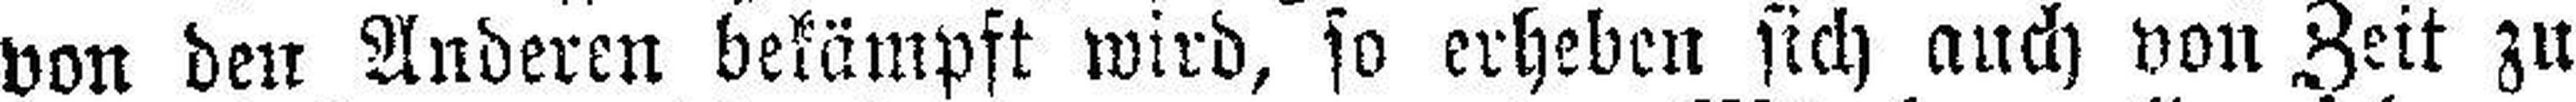
von den Anderen bekämpft wird, so erheben sich auch von Zeit zu